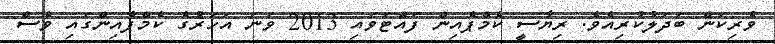
ވެރިކަން ބަދަލުކުރިއެވެ. ރިޔާސީ ކެމްޕެއިން ފައްޓަވައި 2013 ވަނަ އަހަރުގެ ކެމްޕެއިންގައި ވެސް